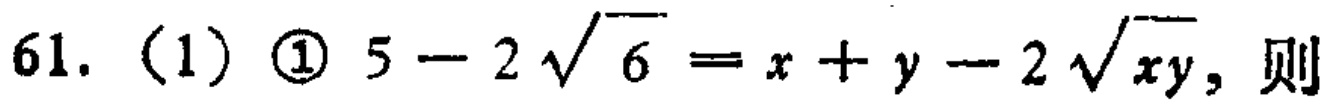
61. (1) \textcircled{1} \(5 - 2\sqrt{6}=x + y-2\sqrt{xy}\)，则